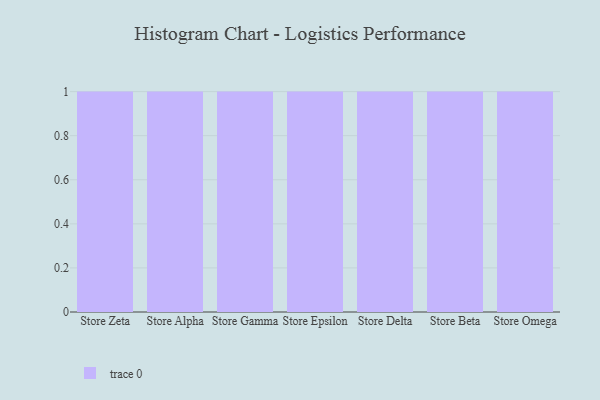
{"axis": {"x": "Store", "y": "Website Visitors"}, "legend": [""], "data": [{"x": "Store Zeta", "y": 89, "type": ""}, {"x": "Store Alpha", "y": 45, "type": ""}, {"x": "Store Gamma", "y": 12, "type": ""}, {"x": "Store Epsilon", "y": 38, "type": ""}, {"x": "Store Delta", "y": 70, "type": ""}, {"x": "Store Beta", "y": 73, "type": ""}, {"x": "Store Omega", "y": 27, "type": ""}]}